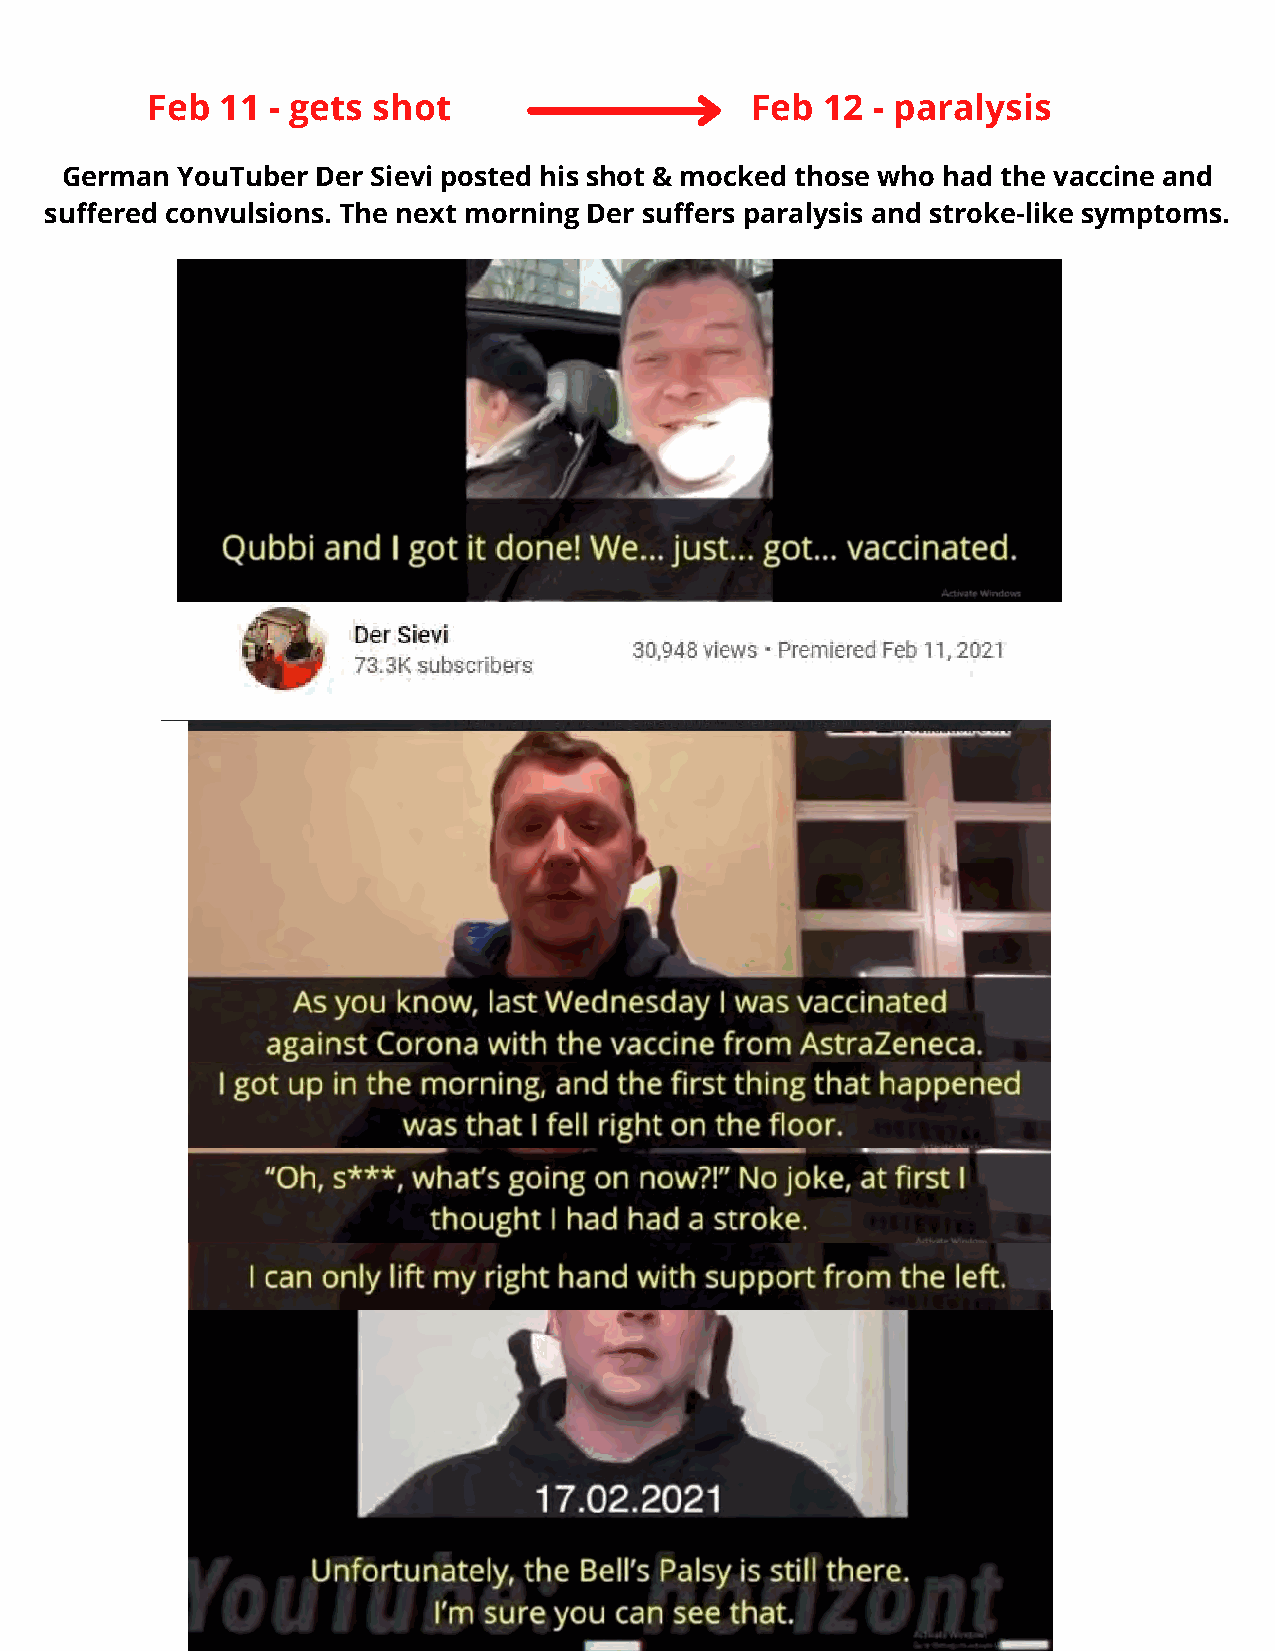
Feb  11 - gets shot                     Feb 12  - paralysis
 German  YouTuber Der Sievi posted his shot & mocked those who had the vaccine and
 suffered convulsions. The next morning Der suffers paralysis and stroke-like symptoms.